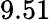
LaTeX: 9.51